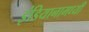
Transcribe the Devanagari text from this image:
इंडियानामध्यी